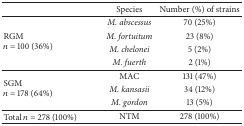
<table><thead><tr><td><b> </b></td><td><b>Species</b></td><td><b>Number (%) of strains</b></td></tr></thead><tbody><tr><td rowspan="4">RGM<i>n</i> = 100 (36%)</td><td><i>M. abscessus </i></td><td>70 (25%)</td></tr><tr><td><i>M. fortuitum </i></td><td>23 (8%)</td></tr><tr><td><i>M. chelonei </i></td><td>5 (2%)</td></tr><tr><td><i>M. fuerth </i></td><td>2 (1%)</td></tr><tr><td rowspan="3">SGM<i>n</i> = 178 (64%)</td><td>MAC</td><td>131 (47%)</td></tr><tr><td><i>M. kansasii </i></td><td>34 (12%)</td></tr><tr><td><i>M. gordon </i></td><td>13 (5%)</td></tr><tr><td>Total <i>n</i> = 278 (100%)</td><td>NTM</td><td>278 (100%)</td></tr></tbody></table>